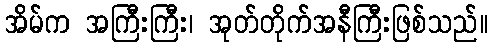
အိမ်က အကြီးကြီး၊ အုတ်တိုက်အနီကြီးဖြစ်သည်။